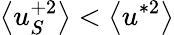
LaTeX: \left<u_{S}^{+2}\right><\left<u^{*2}\right>